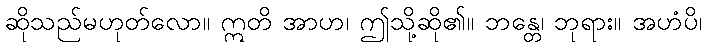
ဆိုသည်မဟုတ်လော။ ဣတိ အာဟ၊ ဤသို့ဆို၏။ ဘန္တေ၊ ဘုရား။ အဟံပိ၊